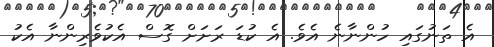
އެ ތަނުގައި ހުންނާނެ އެވެ. އެ ކުޑަ ރަށަށް ގޮސް އެކުވެރިންނާ އެކު